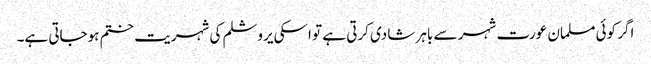
اگر کوئی مسلمان عورت شہر سے باہر شادی کرتی ہے تو اسکی یروشلم کی شہریت ختم ہوجاتی ہے۔